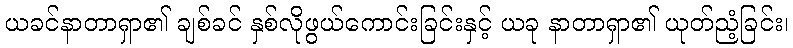
ယခင်နာတာရှာ၏ ချစ်ခင် နှစ်လိုဖွယ်ကောင်းခြင်းနှင့် ယခု နာတာရှာ၏ ယုတ်ညံ့ခြင်း၊